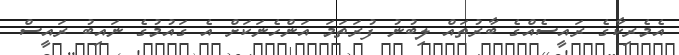
އެމެރިކާގެ ރައީސެއްގެ ބާރުތައް ލިބުނު ފުރަތަމަ އަންހެނަކަށް އެ ގައުމުގެ ނައިބު ރައީސް